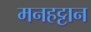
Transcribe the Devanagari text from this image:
मनहट्टान